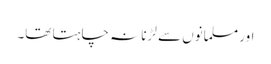
اور مسلمانوں سے لڑنا نہ چاہتا تھا۔